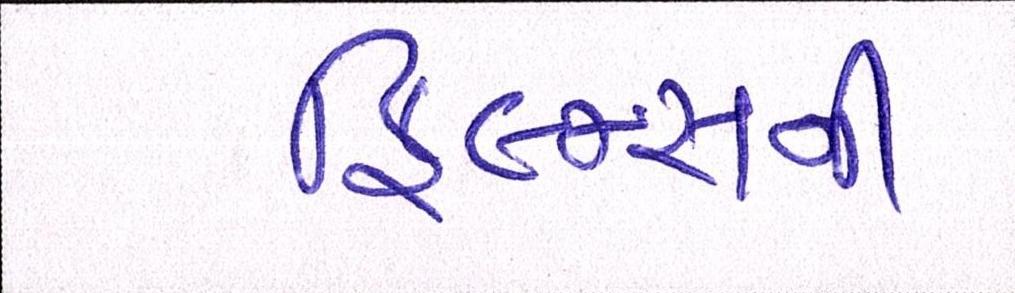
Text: ફિલ્મ્સની